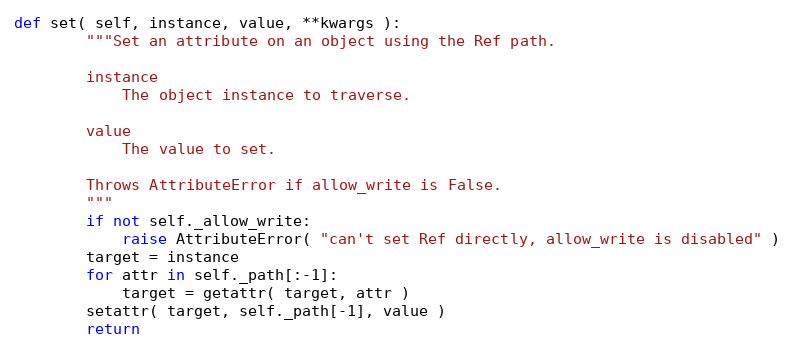
Language: Python
def set( self, instance, value, **kwargs ):
        """Set an attribute on an object using the Ref path.

        instance
            The object instance to traverse.

        value
            The value to set.

        Throws AttributeError if allow_write is False.
        """
        if not self._allow_write:
            raise AttributeError( "can't set Ref directly, allow_write is disabled" )
        target = instance
        for attr in self._path[:-1]:
            target = getattr( target, attr )
        setattr( target, self._path[-1], value )
        return